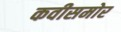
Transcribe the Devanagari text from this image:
कवीसमोर